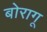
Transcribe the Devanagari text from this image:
बोरागू